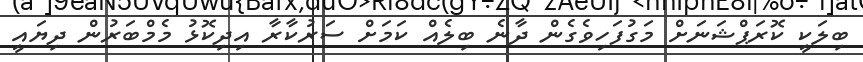
ބިލަކީ ކޮރަޕްޝަނަށް މަގުފަހިވެގެން ދާނެ ބިލެއް ކަމަށް ސަރުކާރާ އިދިކޮޅު މެމްބަރުން ދިޔައީ